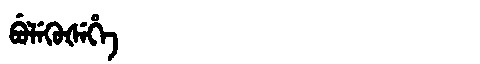
Manchu: ᠪᡠᠯᡝᡴᡠᡧᡝᡥᡝ
Romanization: BULEKUŠEHE